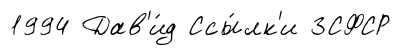
1994 Дав'и́д Ссы́лк'и ЗСФСР